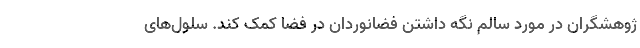
ژوهشگران در مورد سالم نگه داشتن فضانوردان در فضا کمک کند. سلول‌های